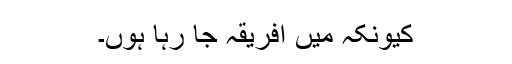
کیونکہ میں افریقہ جا رہا ہوں۔